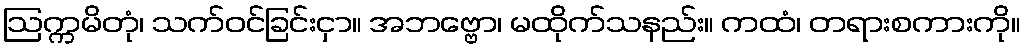
ဩက္ကမိတုံ၊ သက်ဝင်ခြင်းငှာ။ အဘဗ္ဗော၊ မထိုက်သနည်း။ ကထံ၊ တရားစကားကို။